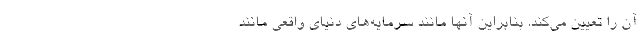
آن را تعیین می‌کند. بنابراین آنها مانند سرمایه‌های دنیای واقعی مانند